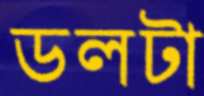
ডলটা